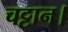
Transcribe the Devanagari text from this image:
चट्टान।